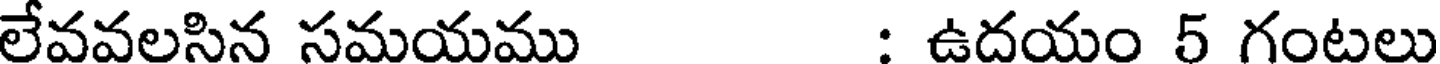
లేవవలసిన సమయము : ఉదయం 5 గంటలు